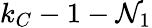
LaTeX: k_{C}-1-\mathcal{N}_{1}